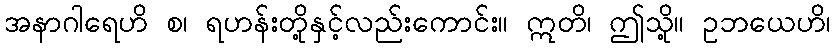
အနာဂါရေဟိ စ၊ ရဟန်းတို့နှင့်လည်းကောင်း။ ဣတိ၊ ဤသို့။ ဥဘယေဟိ၊